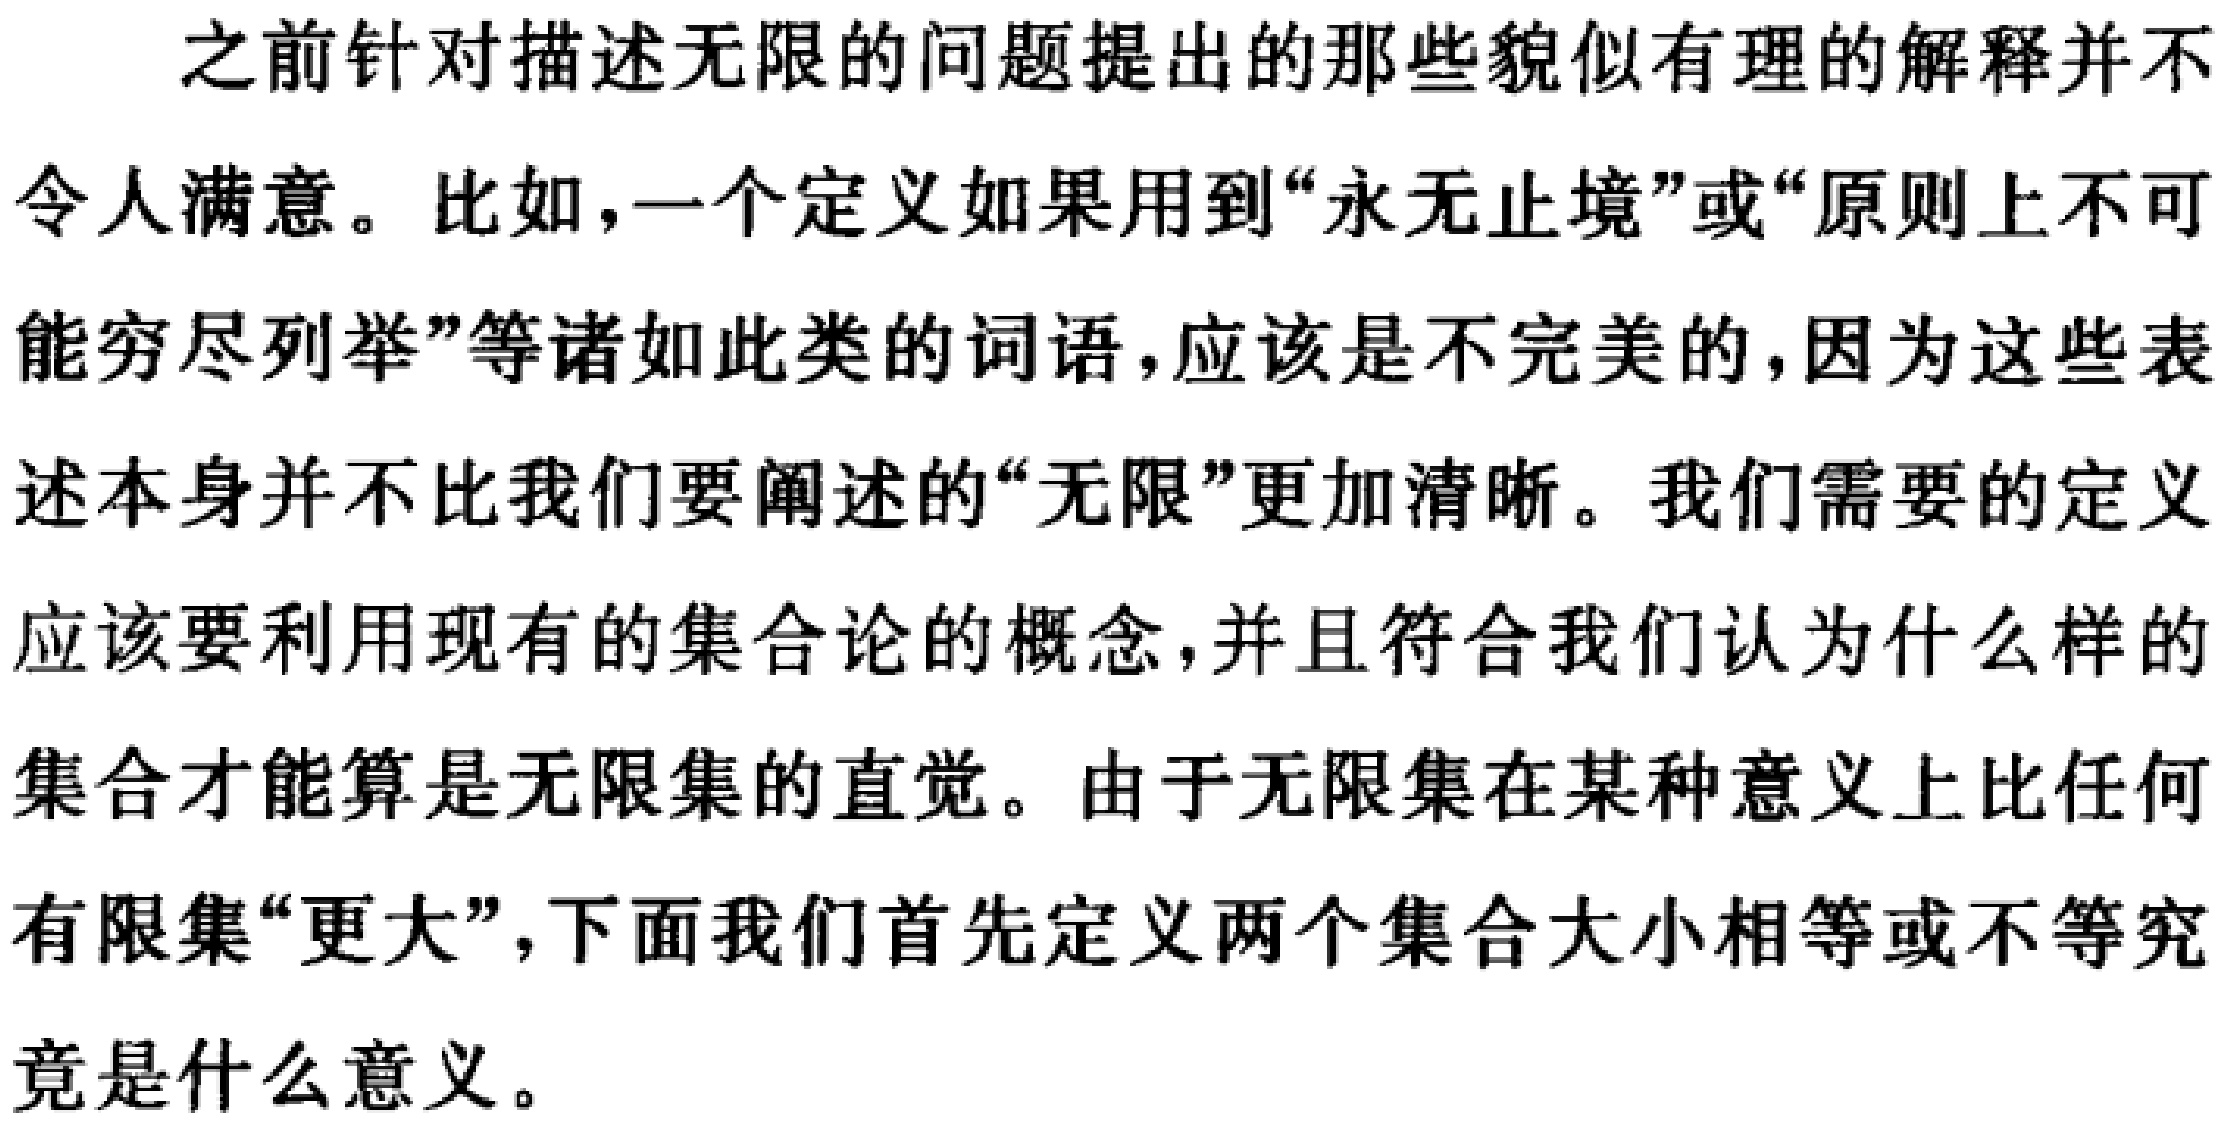
之前针对描述无限的问题提出的那些貌似有理的解释并不
令人满意。比如，一个定义如果用到“永无止境”或“原则上不可
能穷尽列举”等诸如此类的词语，应该是不完美的，因为这些表
述本身并不比我们要阐述的“无限”更加清晰。我们需要的定义
应该要利用现有的集合论的概念，并且符合我们认为什么样的
集合才能算是无限集的直觉。由于无限集在某种意义上比任何
有限集“更大”，下面我们首先定义两个集合大小相等或不等究
竟是什么意义。